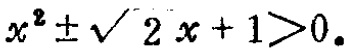
\(x^{2}\pm\sqrt{2}x + 1>0\)